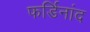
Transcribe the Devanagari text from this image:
फर्डिनांद